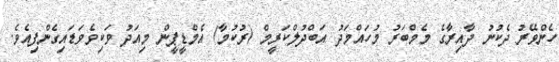
ހެންވޭރު ދެކުނު ދާއިރާގެ މެމްބަރު މުހައްމަދު އަބްދުލްކަރީމް (ރުކުމާ) އެމްޑީޕީން މިއަދު ވަކިވެވަޑައިގެންފިއެވެ.